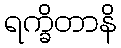
ရက္ခိတာနိ